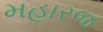
મહારજ